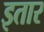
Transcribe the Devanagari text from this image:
इतार